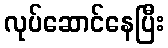
လုပ်ဆောင်နေပြီး